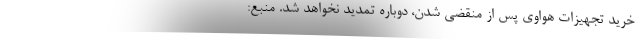
خرید تجهیزات هواوی پس از منقضی شدن، دوباره تمدید نخواهد شد. منبع: